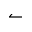
\leftharpoonup